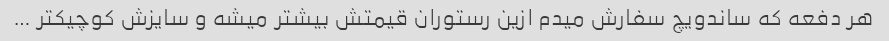
هر دفعه که ساندویچ سفارش میدم ازین رستوران قیمتش بیشتر میشه و سایزش کوچیکتر …